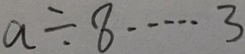
a \div 8 \cdots 3